Report on vaccination in the Province of Bengal - 1874-1889
Year: 1874
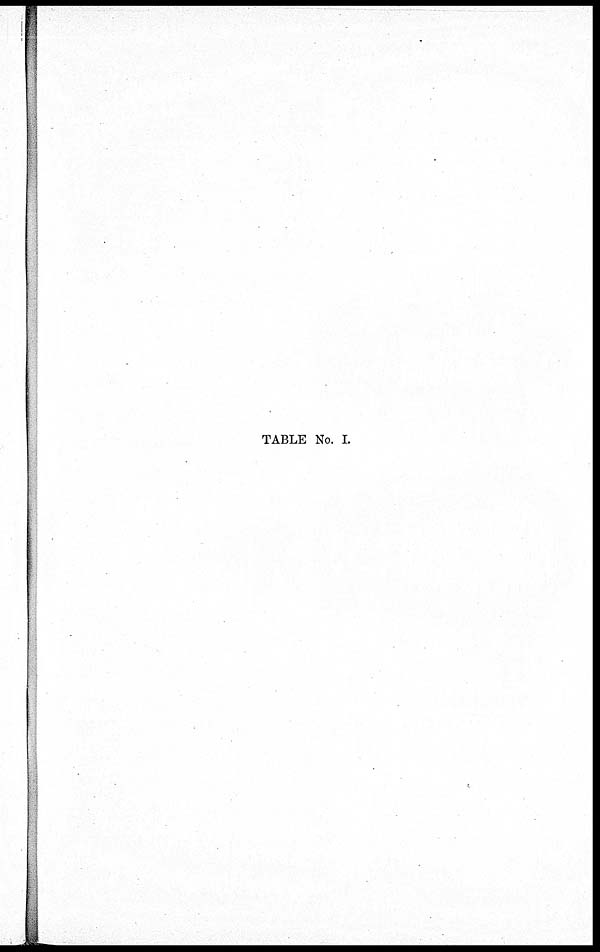
TABLE No. I.